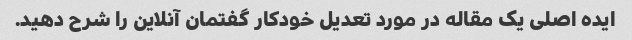
ایده اصلی یک مقاله در مورد تعدیل خودکار گفتمان آنلاین را شرح دهید.